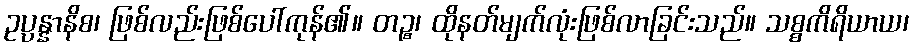
ဥပ္ပန္နာနိစ၊ ဖြစ်လည်းဖြစ်ပေါ်ကုန်၏။ တဉ္စ၊ ထိုနတ်မျက်လုံးဖြစ်လာခြင်းသည်။ သစ္စကိရိယာယ၊